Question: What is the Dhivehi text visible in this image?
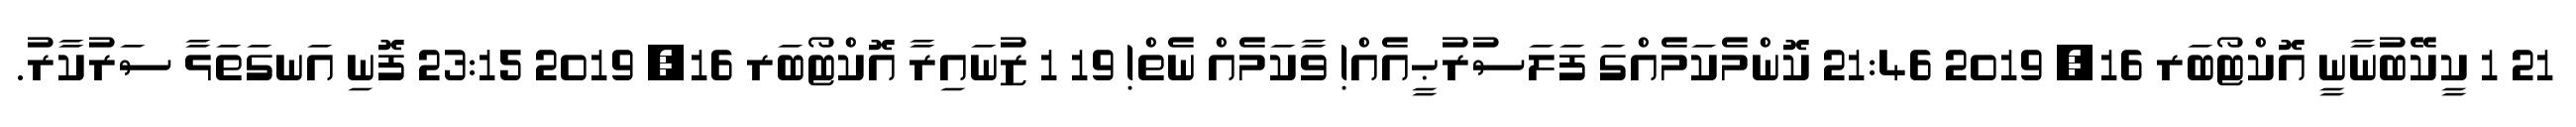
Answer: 21 1 ކީކޭބުނާނީ އޮކްޓޯބަރ 16, 2019 21:46 ކޮންމެކަމެއްގަ ފަލަސުރުޙީއެއް! ވާކަމެއް ނެތް! 19 1 ޒުނައިރާ އޮކްޓޯބަރ 16, 2019 23:15 ފޮނި އަނގަތަޅާ ސަރުކާރު.